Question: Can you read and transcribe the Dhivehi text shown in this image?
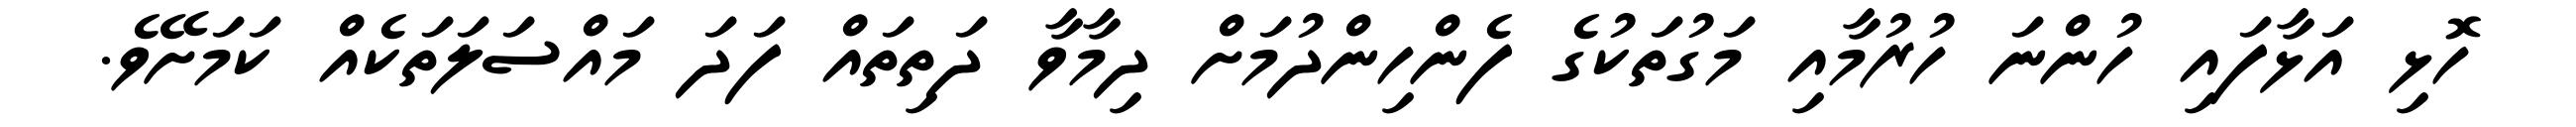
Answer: ހޮޅި އަޅާފައި ހުންނަ ހުރުމާއި މަގުތަކުގެ ފެންހިންދުމަށް ދިމާވާ ދަތިތައް ފަދަ މައްސަލަތަކެއް ކަމަށޭވެ.